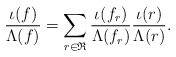
\begin{align*}\frac{\iota(f)}{\Lambda(f)}=\sum_{r\in \mathfrak{R}}\frac{\iota(f_r)}{\Lambda({f_r})}\frac{\iota(r)}{\Lambda({r})}.\end{align*}